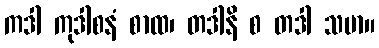
ကဒါ ကုဒါစနံ စာထ၊ တဒါနိ စ တဒါ သမာ။